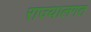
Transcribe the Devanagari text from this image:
राज्यालगत